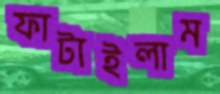
ফাটাইলাম